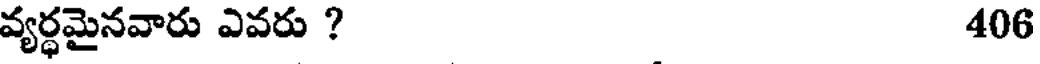
వ్యర్ధమైనవారు ఎవరు ? 406